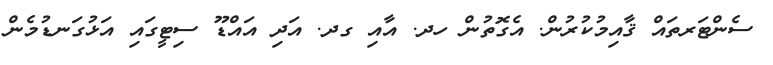
ސެންޓަރތައް ޤާއިމުކުރުން. އެގޮތުން ހދ. އާއި ގދ. އަދި އައްޑޫ ސިޓީގައި އަޅުގަނޑުމެން